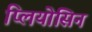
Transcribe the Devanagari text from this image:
प्लियोसिन